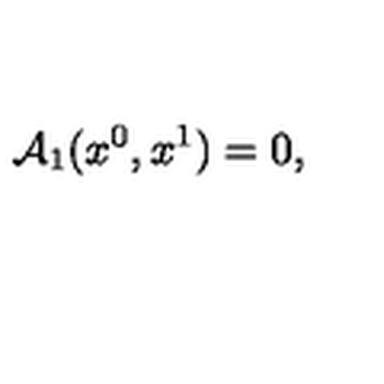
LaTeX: { \cal A } _ { 1 } ( x ^ { 0 } , x ^ { 1 } ) = 0 ,